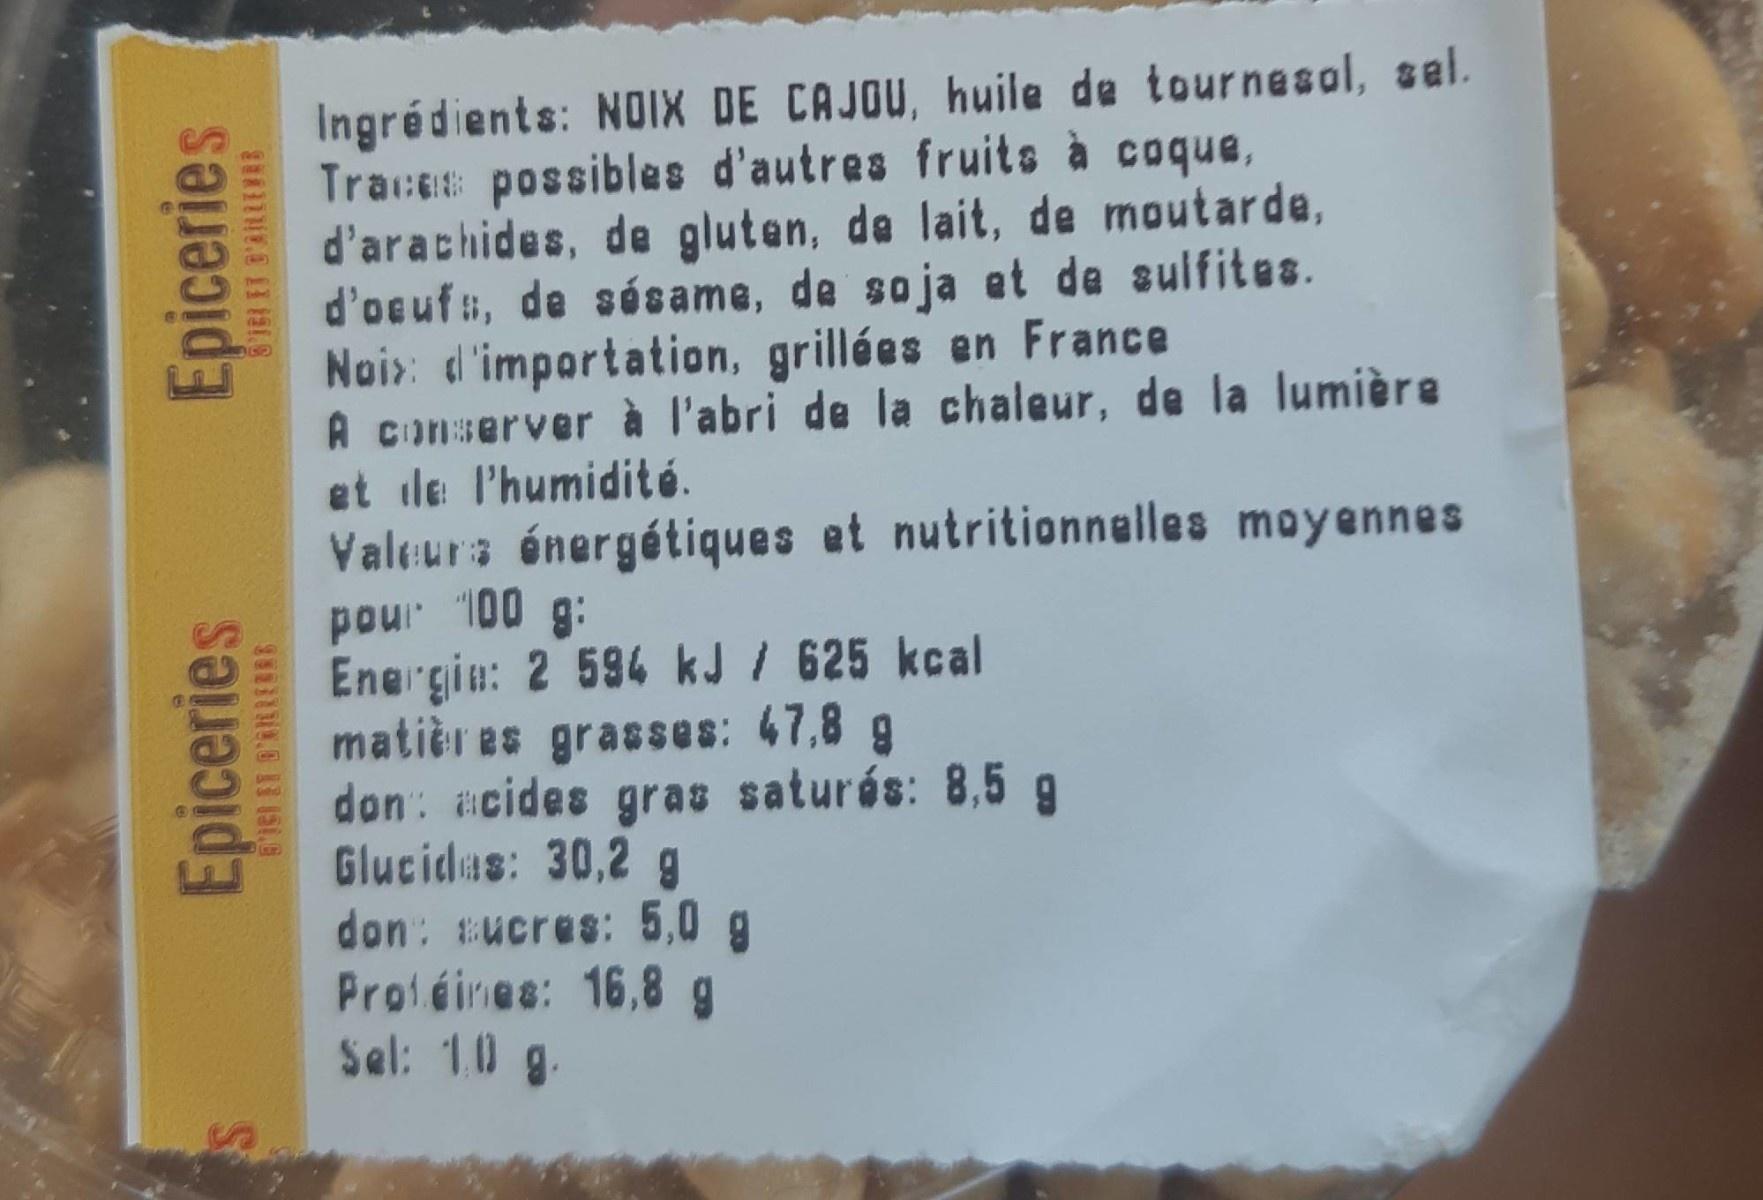
Ingrédients: NOIX DE CAJOU, huile de tournesol, sal. Traces possibles d'autres fruits à coque, d'arachides, de gluten, de lait, de moutarde, d'oeuf, de sésame, de soja et de sulfites. Noix: d'importation, grillées en France A conserver à l'abri de la chaleur, de la lumière et de l'humidité. Valeura énergétiques et nutritionnelles moyennes pour 100 g: Energin: 2 594 kJ / 625 kcal matièr es grasses: 47,8 g don: #cides gras saturés: 8,5 g Glucidas: 30,2 g don: ucres: 5,0g Proféines: 16,8 g Sel: 10 g.
Epiceries
Epiceries